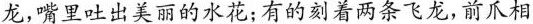
龙，嘴里吐出美丽的水花；有的刻着两条飞龙，前爪相